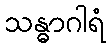
သန္ဓာဂါရံ